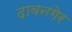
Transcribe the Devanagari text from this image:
दावनगेर